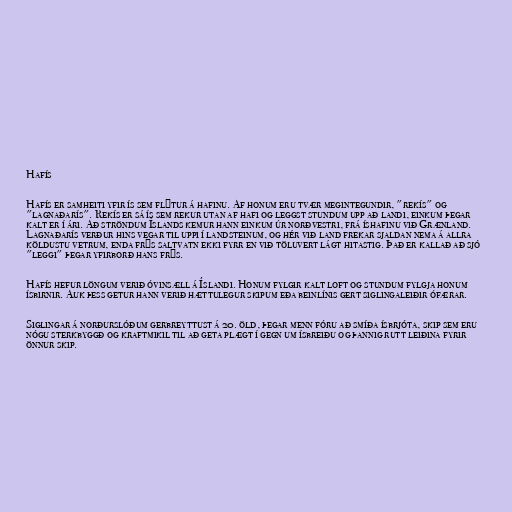
Hafís

Hafís er samheiti yfir ís sem flýtur á hafinu. Af honum eru tvær megintegundir, "rekís" og
"lagnaðarís". Rekís er sá ís sem rekur utan af hafi og leggst stundum upp að landi, einkum þegar
kalt er í ári. Að ströndum Íslands kemur hann einkum úr norðvestri, frá íshafinu við Grænland.
Lagnaðarís verður hins vegar til uppi í landsteinum, og hér við land frekar sjaldan nema á allra
köldustu vetrum, enda frýs saltvatn ekki fyrr en við töluvert lágt hitastig. Það er kallað að sjó
"leggi" þegar yfirborð hans frýs.

Hafís hefur löngum verið óvinsæll á Íslandi. Honum fylgir kalt loft og stundum fylgja honum
ísbirnir. Auk þess getur hann verið hættulegur skipum eða beinlínis gert siglingaleiðir ófærar.

Siglingar á norðurslóðum gerbreyttust á 20. öld, þegar menn fóru að smíða ísbrjóta, skip sem eru
nógu sterkbyggð og kraftmikil til að geta plægt í gegn um ísbreiðu og þannig rutt leiðina fyrir
önnur skip.